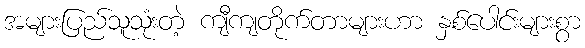
အများပြည်သူသုံးတဲ့ ကျီကျတိုက်တာများဟာ နှစ်ပေါင်းများစွာ